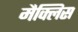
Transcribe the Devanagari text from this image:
मैक्लिस